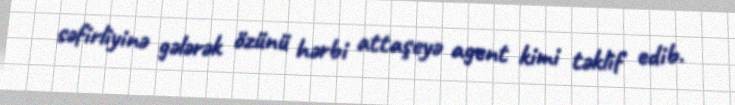
səfirliyinə gələrək özünü hərbi attaşeyə agent kimi təklif edib.